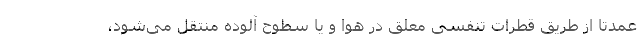
عمدتاً از طریق قطرات تنفسی معلق در هوا و یا سطوح آلوده منتقل می‌شود،